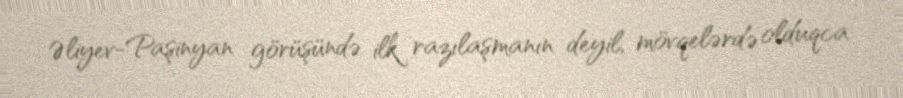
Əliyev-Paşinyan görüşündə ilk razılaşmanın deyil, mövqelərdə olduqca